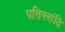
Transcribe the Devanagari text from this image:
पतिस्संति